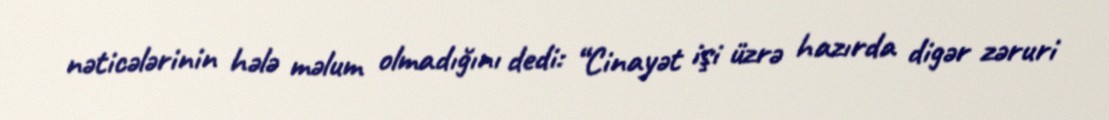
nəticələrinin hələ məlum olmadığını dedi: “Cinayət işi üzrə hazırda digər zəruri